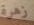
زهرة